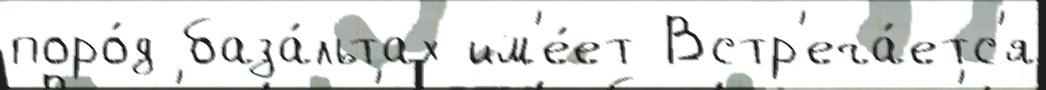
поро́д база́льтах им'е́ет Встр'еча́етс'я